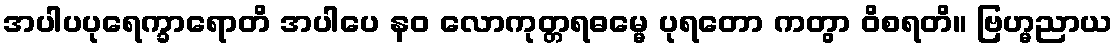
အပါပပုရေက္ခာရောတိ အပါပေ နဝ လောကုတ္တရဓမ္မေ ပုရတော ကတွာ ဝိစရတိ။ ဗြဟ္မညာယ